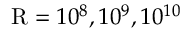
\mathrm { R } = 1 0 ^ { 8 } , 1 0 ^ { 9 } , 1 0 ^ { 1 0 }